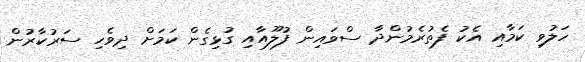
ހަލުވި ކަމާއި އެކު ފެތުރެމުންދާ ސްވައިން ފުލޫއާއި ގުޅިގެން ކަމަށް ދިވެހި ސަރުކާރުން